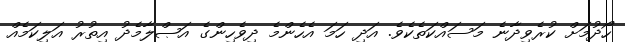
ހޯދުމަށް ކުރެވިދާނެ މަސައްކަތެކެވެ. އަދި ހަމަ އެހެންމެ ދިވެހިންގެ އަޞްލާމެދު އިތުރު އަލިކަމެއް